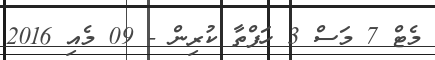
މެޓް 7 މަސް 3 ހަފްތާ ކުރިން - 09 މެއި 2016